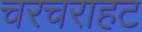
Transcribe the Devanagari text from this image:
चरचराहट